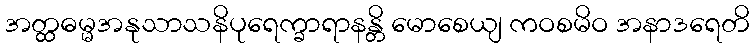
အတ္ထဓမ္မအနုသာသနိပုရေက္ခာရာနန္တိ မောစေယျ ကဝစမိဝ အနာဒရေတိ